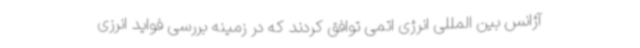
آژانس بین المللی انرژی اتمی توافق کردند که در زمینه بررسی فواید انرزی